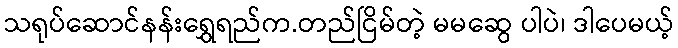
သရုပ်ဆောင်နန်းရွှေရည်က.တည်ငြိမ်တဲ့ မမဆွေ ပါပဲ၊ ဒါပေမယ့်